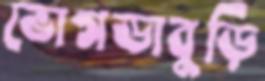
ভোগডাবুড়ি